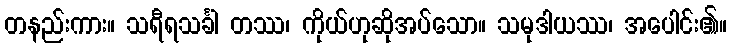
တနည်းကား။ သရီရသင်္ခါ တဿ၊ ကိုယ်ဟုဆိုအပ်သော။ သမုဒါယဿ၊ အပေါင်း၏။